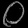
Digit: ၀